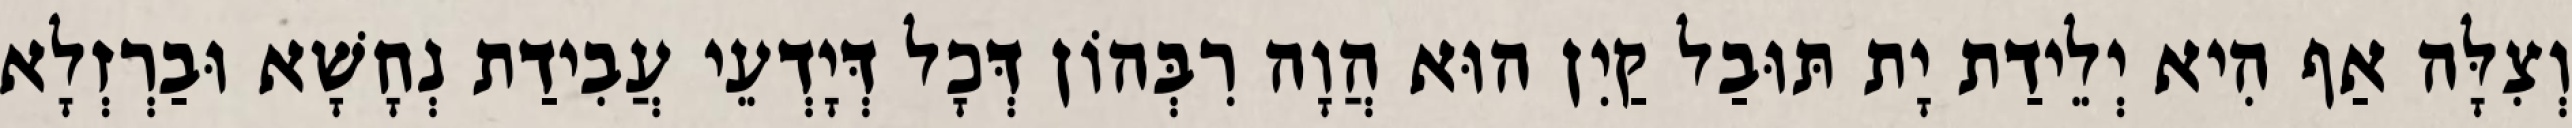
וְצִלָּה אַף הִיא יְלֵידַת יָת תּוּבַל קַיִן הוּא הֲוָה רִבְּהוֹן דְּכָל דְּיָדְעֵי עֲבִידַת נְחָשָׁא וּבַרְזְלָא